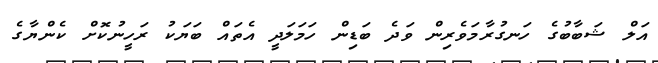
އަލް ޝަބާބުގެ ހަނގުރާމަވެރިން ވަދެ ބަޑިން ހަމަލަދީ އެތައް ބަޔަކު ރަހީނުކޮށް ކެންޔާގެ